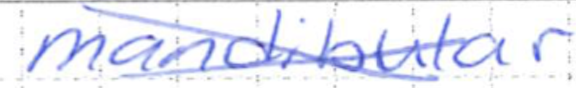
Text: mandibular
Cross-out: cross
Writing tool: ballpoint